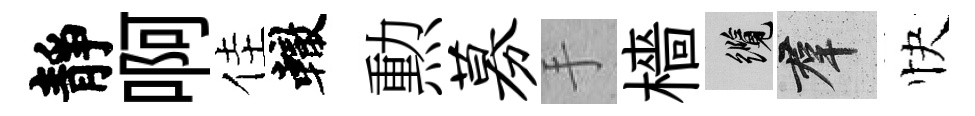
靜啊佳轍勲募手檣纜群快